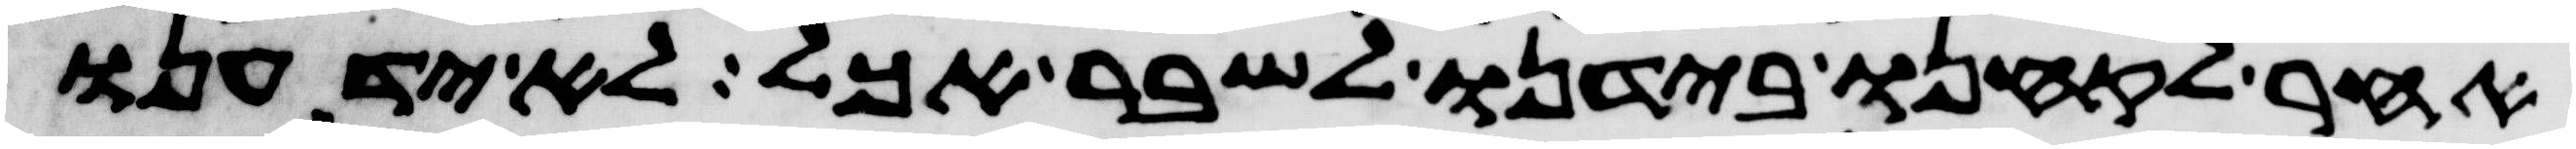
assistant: אחר לקחנו בידנו לשבר אכל לא ידענו